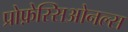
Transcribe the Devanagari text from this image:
प्रोफ़ेस्सिओनल्स